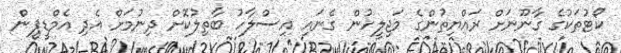
ކޯޓުތަކުގެ ގާނޫނަށް ރައްޔިތުންގެ މަޖިލީހުން ގެނައި އިސްލާހު ބާތިލުކޮށް ދިނުމަށް އެދި އެމްޑީޕީން